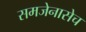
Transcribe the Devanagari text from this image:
समजेनासेच